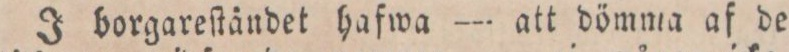
J borgareſtändet hafwa — att dömma af de